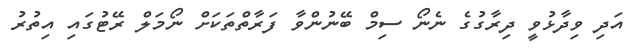
އަދި ވިދާޅުވީ ދިރާގުގެ ނެނޯ ސިމް ބޭނުންވާ ފަރާތްތަކަށް ނޯމަލް ރޭޓުގައި އިތުރު